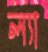
ল্যা